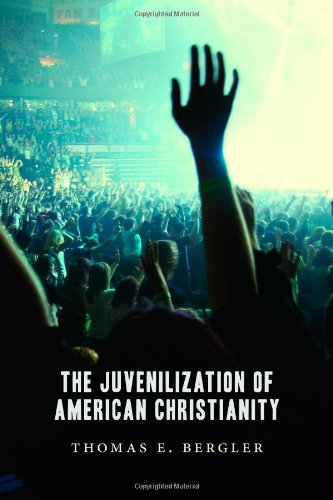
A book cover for The Juvenilization of American Christianity; Thomas Bergler; Christian Books & Bibles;